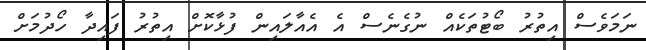
ނަމަވެސް އިތުރު ބޯޓުތަކެއް ނުގެނެސް އެ އެއާލައިން ފުޅާކޮށް އިތުރު ފައިދާ ހޯދުމަށް